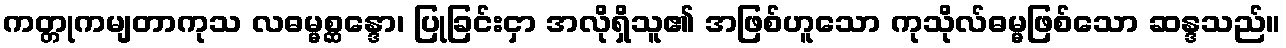
ကတ္တုကမျတာကုသ လဓမ္မစ္ဆန္ဒော၊ ပြုခြင်းငှာ အလိုရှိသူ၏ အဖြစ်ဟူသော ကုသိုလ်ဓမ္မဖြစ်သော ဆန္ဒသည်။